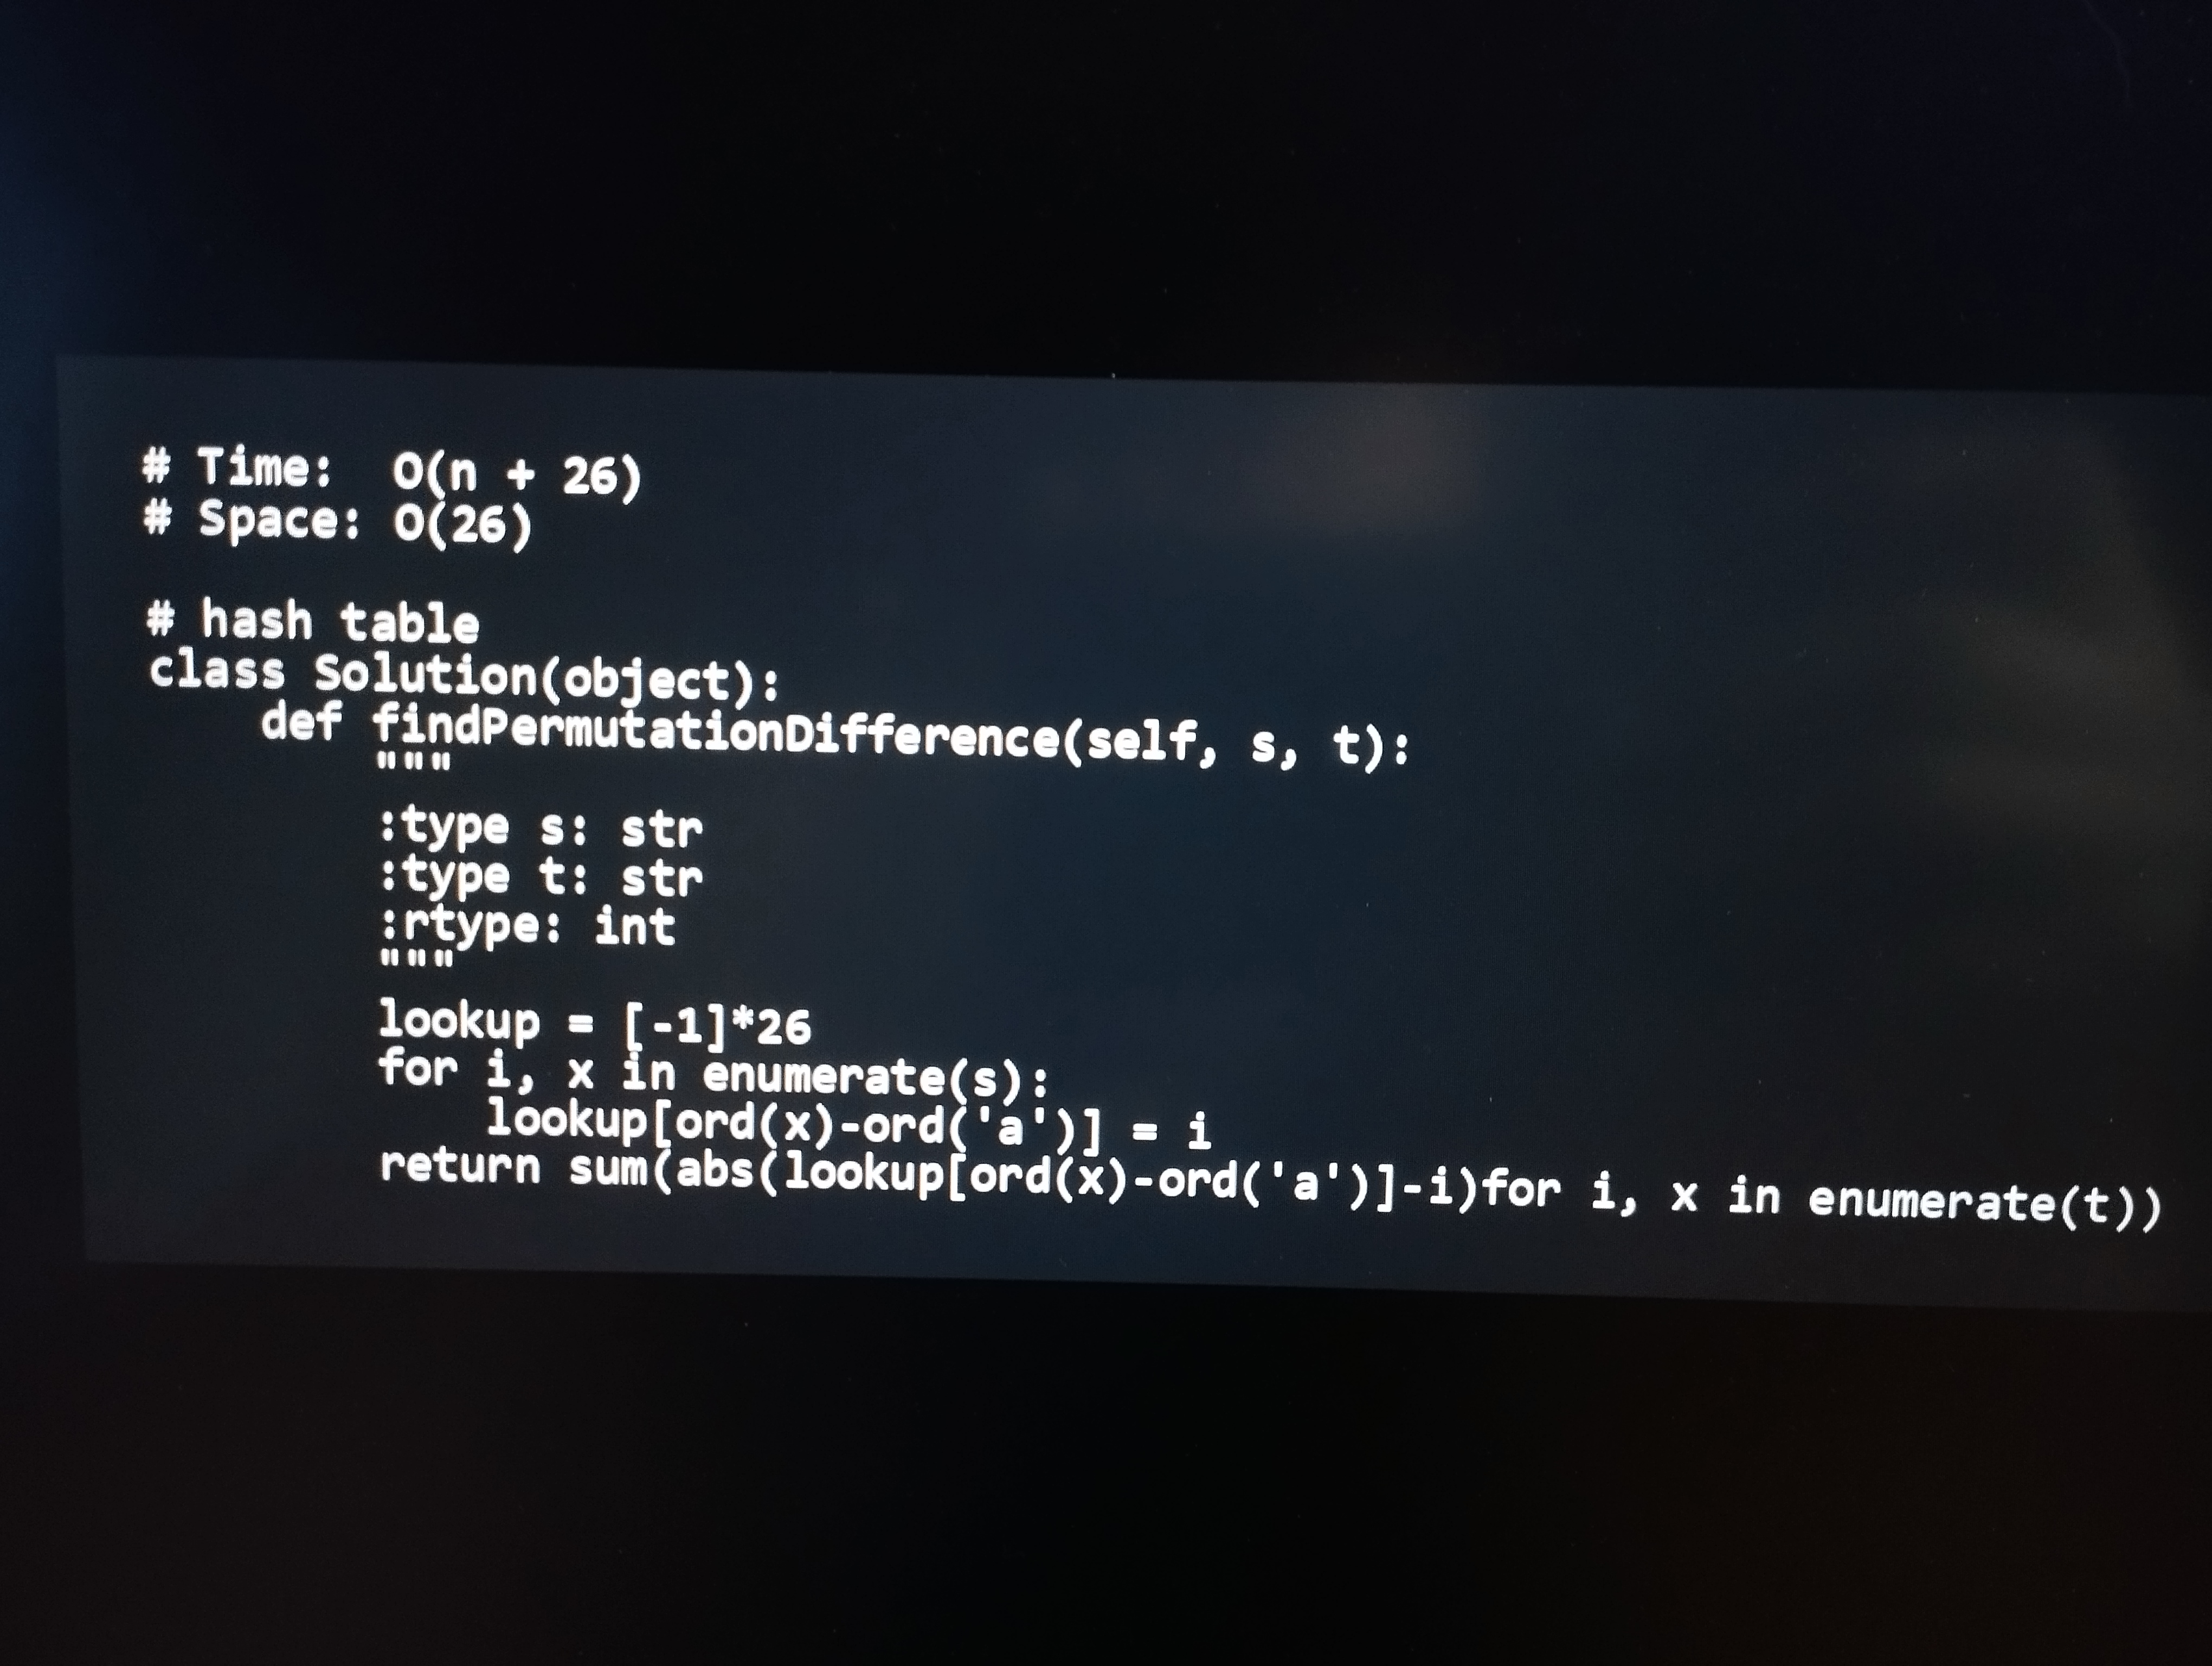
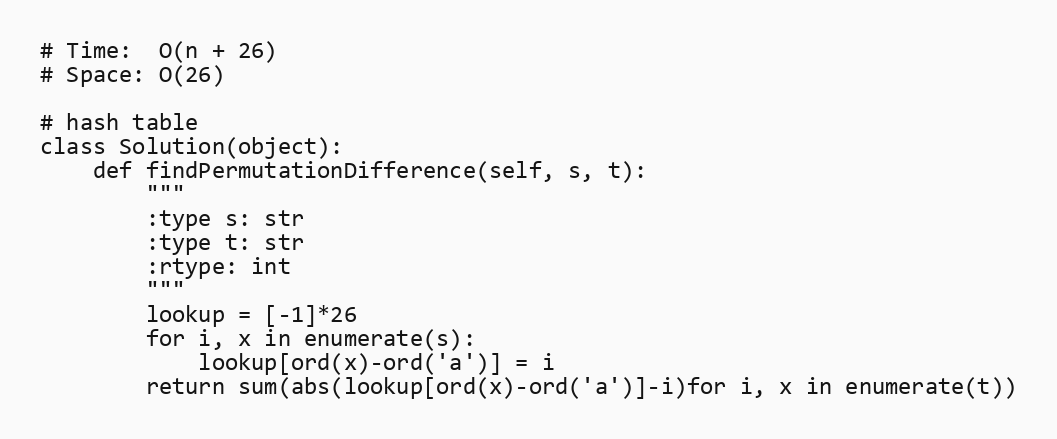
# Time:  O(n + 26)
# Space: O(26)

# hash table
class Solution(object):
    def findPermutationDifference(self, s, t):
        """
        :type s: str
        :type t: str
        :rtype: int
        """
        lookup = [-1]*26
        for i, x in enumerate(s):
            lookup[ord(x)-ord('a')] = i
        return sum(abs(lookup[ord(x)-ord('a')]-i)for i, x in enumerate(t))